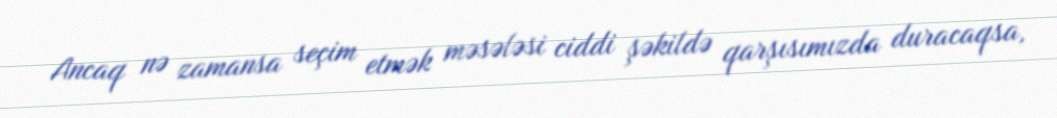
Ancaq nə zamansa seçim etmək məsələsi ciddi şəkildə qarşısımızda duracaqsa,